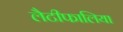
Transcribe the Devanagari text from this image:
लैटीफालिया